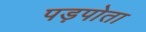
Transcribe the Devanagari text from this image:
पड़पोता